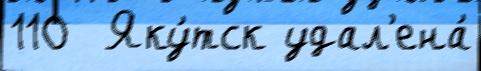
110  Яку́тск удал'ена́